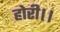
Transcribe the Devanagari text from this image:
होरी।।